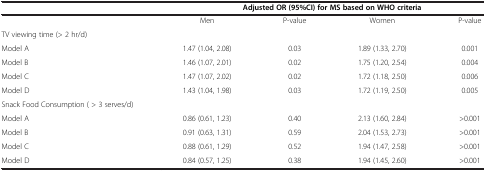
|  | <COLSPAN=4> Adjusted OR (95%CI) for MS based on WHO criteria |
 | --- | --- | --- | --- | --- |
 |  | Men | P-value | Women | P-value |
 | TV viewing time (> 2 hr/d) |  |  |  |  |
 | Model A | 1.47 (1.04, 2.08) | 0.03 | 1.89 (1.33, 2.70) | 0.001 |
 | Model B | 1.46 (1.07, 2.01) | 0.02 | 1.75 (1.20, 2.54) | 0.004 |
 | Model C | 1.47 (1.07, 2.02) | 0.02 | 1.72 (1.18, 2.50) | 0.006 |
 | Model D | 1.43 (1.04, 1.98) | 0.03 | 1.72 (1.19, 2.50) | 0.005 |
 | Snack Food Consumption ( > 3 serves/d) |  |  |  |  |
 | Model A | 0.86 (0.61, 1.23) | 0.40 | 2.13 (1.60, 2.84) | >0.001 |
 | Model B | 0.91 (0.63, 1.31) | 0.59 | 2.04 (1.53, 2.73) | >0.001 |
 | Model C | 0.88 (0.61, 1.29) | 0.52 | 1.94 (1.47, 2.58) | >0.001 |
 | Model D | 0.84 (0.57, 1.25) | 0.38 | 1.94 (1.45, 2.60) | >0.001 |